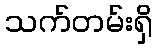
သက်တမ်းရှိ